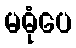
မဓုံပေ